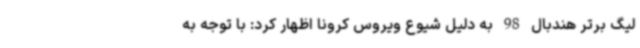
لیگ برتر هندبال 98 به دلیل شیوع ویروس کرونا اظهار کرد: با توجه به